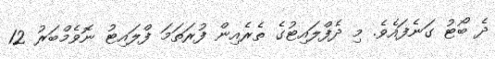
ދެ ބޯޓު ގަނެފައެވެ. މި ދެފްލައިޓުގެ ތެރެއިން ފުރަތަމަ ފްލައިޓު ނޮވެމްބަރު 12